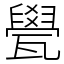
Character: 㽇